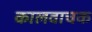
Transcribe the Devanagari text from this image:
कालवाचक